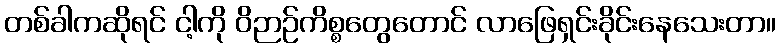
တစ်ခါကဆိုရင် ငါ့ကို ဝိဉာဉ်ကိစ္စတွေတောင် လာဖြေရှင်းခိုင်းနေသေးတာ။